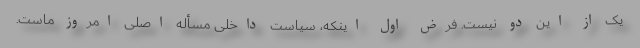
یک از این دو نیست. فرض اول اینکه، سیاست داخلی مسأله اصلی امروز ماست.